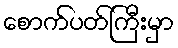
စောက်ပတ်ကြီးမှာ